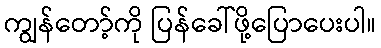
ကျွန်တော့်ကို ပြန်ခေါ်ဖို့ပြောပေးပါ။